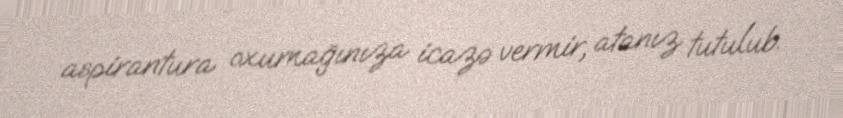
aspirantura oxumağınıza icazə vermir, atanız tutulub.